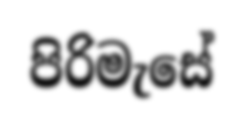
පිරිමැසේ